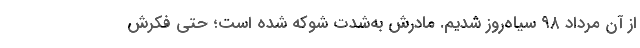
از آن مرداد ۹۸ سیاه‌روز شدیم. مادرش به‌شدت شوکه شده است؛ حتی فکرش